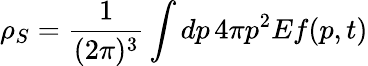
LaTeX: \rho_{S}=\frac{1}{(2\pi)^{3}}\int dp\, 4\pi p^{2}Ef(p,t)